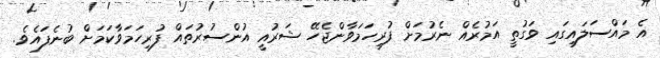
އެ މައްސަލައިގައި ވަގުތީ އަމުރެއް ނެރުމަށް ފުރިހަމަވާންޖެހޭ ޝަރުއީ އުންސުރުތައް ފުރިހަމަވާކަމަށް ބުނެފައެވެ.